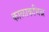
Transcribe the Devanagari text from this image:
काळाकभिन्न